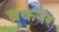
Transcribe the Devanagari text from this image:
ब्रुकनेर